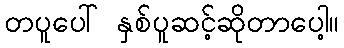
တပူပေါ် နှစ်ပူဆင့်ဆိုတာပေါ့။